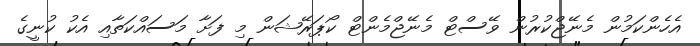
އެހެންކަމުން މެނޭޖްކުރުން ވޭސްޓް މެނޭޖްމެންޓް ކޯޕަރޭޝަން މި ފަށާ މަސައްކަތާއި އެކު ކުނީގެ